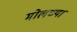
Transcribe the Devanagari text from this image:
मोलच्या